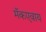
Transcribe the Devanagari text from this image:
मॅकएवाय